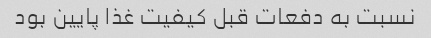
نسبت به دفعات قبل کیفیت غذا پایین بود